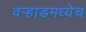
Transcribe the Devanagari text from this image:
वर्‍हाडमध्येच